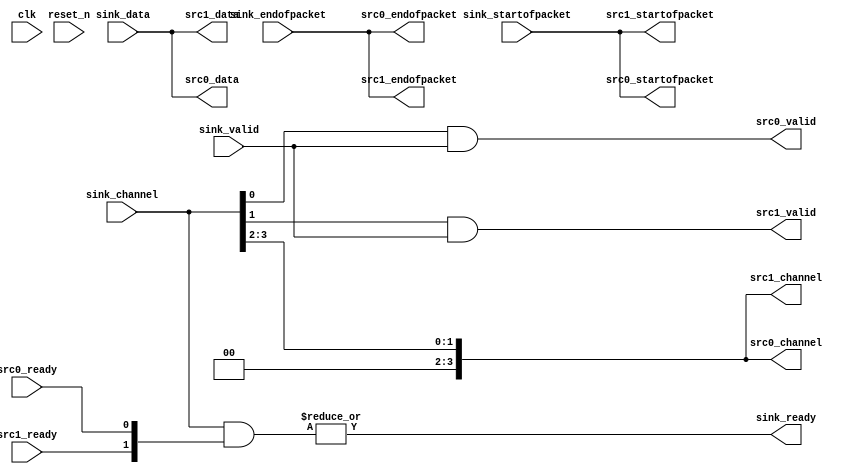
module seq_rsp_xbar_demux
(
    // -------------------
    // Sink
    // -------------------
    input  [1-1      : 0]   sink_valid,
    input  [73-1    : 0]   sink_data, // ST_DATA_W=73
    input  [4-1 : 0]   sink_channel, // ST_CHANNEL_W=4
    input                         sink_startofpacket,
    input                         sink_endofpacket,
    output                        sink_ready,

    // -------------------
    // Sources 
    // -------------------
    output reg                      src0_valid,
    output reg [73-1    : 0] src0_data, // ST_DATA_W=73
    output reg [4-1 : 0] src0_channel, // ST_CHANNEL_W=4
    output reg                      src0_startofpacket,
    output reg                      src0_endofpacket,
    input                           src0_ready,

    output reg                      src1_valid,
    output reg [73-1    : 0] src1_data, // ST_DATA_W=73
    output reg [4-1 : 0] src1_channel, // ST_CHANNEL_W=4
    output reg                      src1_startofpacket,
    output reg                      src1_endofpacket,
    input                           src1_ready,


    // -------------------
    // Clock & Reset
    // -------------------
    (*altera_attribute = "-name MESSAGE_DISABLE 15610" *) // setting message suppression on clk
    input clk,
    (*altera_attribute = "-name MESSAGE_DISABLE 15610" *) // setting message suppression on reset
    input reset_n

);

    localparam NUM_OUTPUTS = 2;
    wire [NUM_OUTPUTS - 1 : 0] ready_vector;

    // -------------------
    // Demux
    // -------------------
    always @* begin
        src0_data          = sink_data;
        src0_startofpacket = sink_startofpacket;
        src0_endofpacket   = sink_endofpacket;
        src0_channel       = sink_channel >> NUM_OUTPUTS;

        src0_valid         = sink_channel[0] && sink_valid;

        src1_data          = sink_data;
        src1_startofpacket = sink_startofpacket;
        src1_endofpacket   = sink_endofpacket;
        src1_channel       = sink_channel >> NUM_OUTPUTS;

        src1_valid         = sink_channel[1] && sink_valid;

    end

    // -------------------
    // Backpressure
    // -------------------
    assign ready_vector[0] = src0_ready;
    assign ready_vector[1] = src1_ready;
    assign sink_ready = |(sink_channel & ready_vector);

endmodule